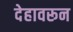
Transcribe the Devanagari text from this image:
देहावरून